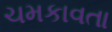
ચમકાવતા